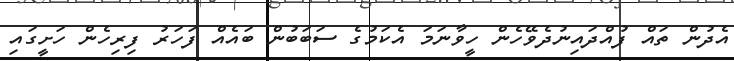
އެދުން ތައް ފުއްދައިނުދެވޭހެން ހީވާނަމަ އެކަމުގެ ސަބަބުން ބައެއް ފަހަރު ފިރިހެން ހަށީގައި